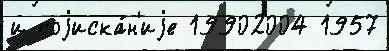
и соjиска́н'иjе 19902004 1957